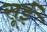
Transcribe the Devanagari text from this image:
सूईं